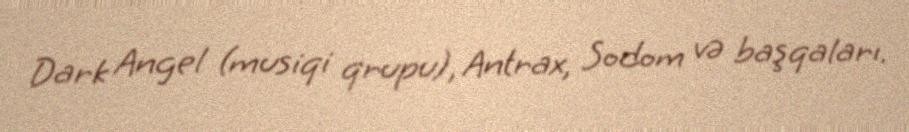
Dark Angel (musiqi qrupu), Antrax, Sodom və başqaları.